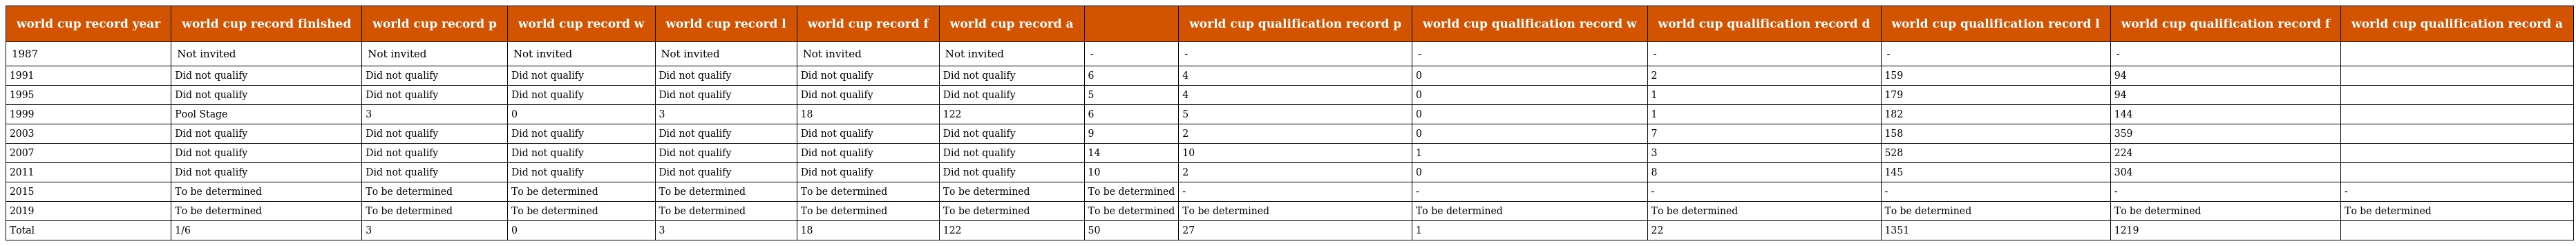
| world cup record year | world cup record finished | world cup record p | world cup record w | world cup record l | world cup record f | world cup record a |  | world cup qualification record p | world cup qualification record w | world cup qualification record d | world cup qualification record l | world cup qualification record f | world cup qualification record a |
 | --- | --- | --- | --- | --- | --- | --- | --- | --- | --- | --- | --- | --- | --- |
 | 1987 | Not invited | Not invited | Not invited | Not invited | Not invited | Not invited | - | - | - | - | - | - |  |
 | 1991 | Did not qualify | Did not qualify | Did not qualify | Did not qualify | Did not qualify | Did not qualify | 6 | 4 | 0 | 2 | 159 | 94 |  |
 | 1995 | Did not qualify | Did not qualify | Did not qualify | Did not qualify | Did not qualify | Did not qualify | 5 | 4 | 0 | 1 | 179 | 94 |  |
 | 1999 | Pool Stage | 3 | 0 | 3 | 18 | 122 | 6 | 5 | 0 | 1 | 182 | 144 |  |
 | 2003 | Did not qualify | Did not qualify | Did not qualify | Did not qualify | Did not qualify | Did not qualify | 9 | 2 | 0 | 7 | 158 | 359 |  |
 | 2007 | Did not qualify | Did not qualify | Did not qualify | Did not qualify | Did not qualify | Did not qualify | 14 | 10 | 1 | 3 | 528 | 224 |  |
 | 2011 | Did not qualify | Did not qualify | Did not qualify | Did not qualify | Did not qualify | Did not qualify | 10 | 2 | 0 | 8 | 145 | 304 |  |
 | 2015 | To be determined | To be determined | To be determined | To be determined | To be determined | To be determined | To be determined | - | - | - | - | - | - |
 | 2019 | To be determined | To be determined | To be determined | To be determined | To be determined | To be determined | To be determined | To be determined | To be determined | To be determined | To be determined | To be determined | To be determined |
 | Total | 1/6 | 3 | 0 | 3 | 18 | 122 | 50 | 27 | 1 | 22 | 1351 | 1219 |  |